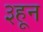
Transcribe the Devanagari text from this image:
३हून